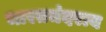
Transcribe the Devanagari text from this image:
भारतचंदराय